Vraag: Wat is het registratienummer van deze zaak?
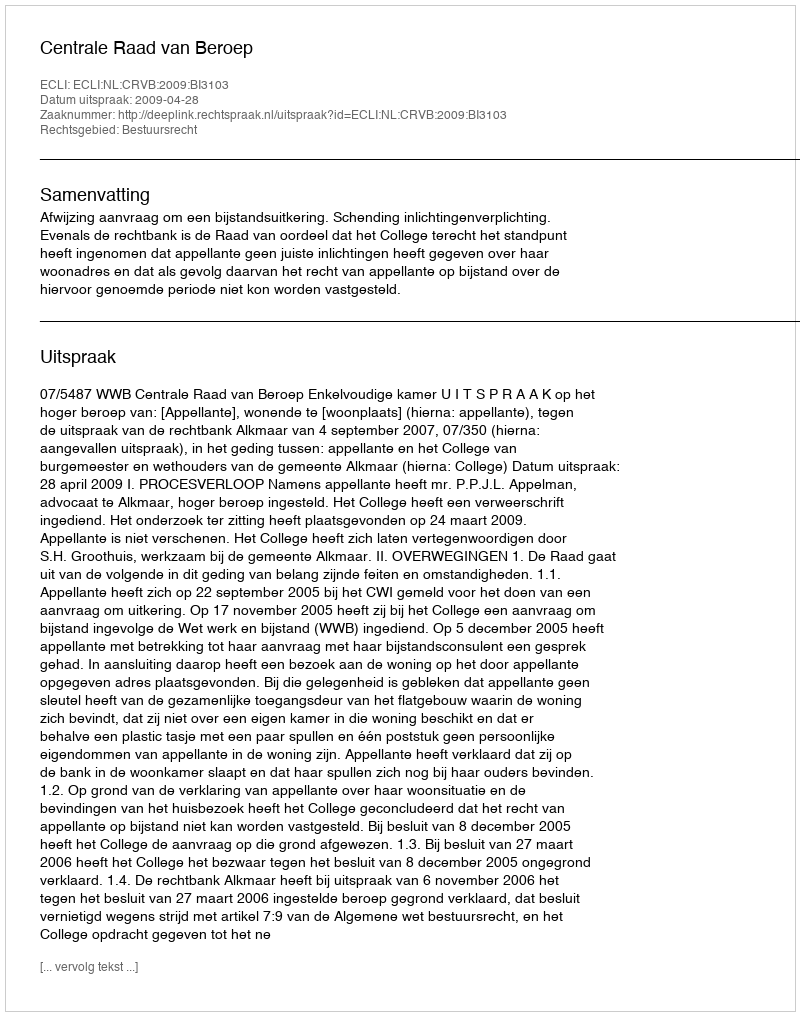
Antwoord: http://deeplink.rechtspraak.nl/uitspraak?id=ECLI:NL:CRVB:2009:BI3103